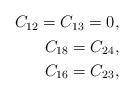
LaTeX: \begin{align*}\begin{aligned}C_{12}= C_{13}=0,\\C_{18}= C_{24},\\ C_{16}= C_{23},\end{aligned}\end{align*}